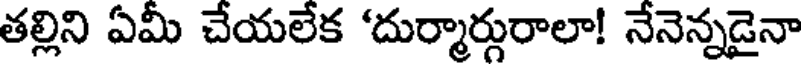
తల్లిని ఏమీ చేయలేక 'దుర్మార్గురాలా! నేనెన్నడైనా